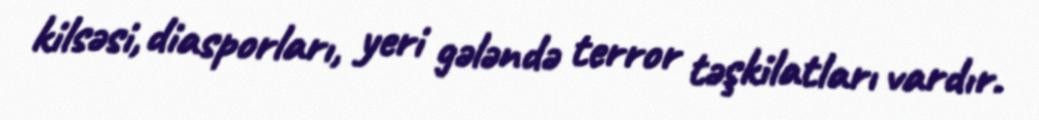
kilsəsi, diasporları, yeri gələndə terror təşkilatları vardır.